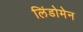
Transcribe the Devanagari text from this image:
लिंडोमेन